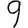
Digit: 9